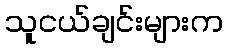
သူငယ်ချင်းများက